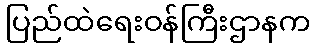
ပြည်ထဲရေးဝန်ကြီးဌာနက